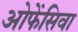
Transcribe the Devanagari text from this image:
ओफेंसिवा